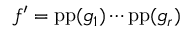
f ^ { \prime } = \operatorname { p p } ( g _ { 1 } ) \cdots \operatorname { p p } ( g _ { r } )